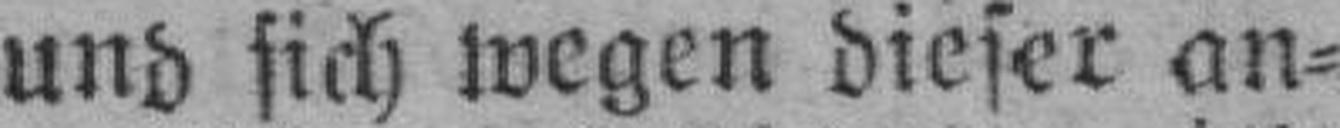
und sich wegen dieser an¬